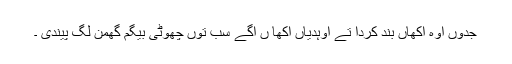
جدوں اوہ اکھاں بند کردا تے اوہدیاں اکھا ں اگے سب توں چھوٹی بیگم گھمن لگ پیندی ۔